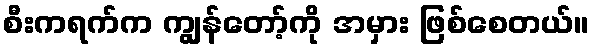
စီးကရက်က ကျွန်တော့်ကို အမှား ဖြစ်စေတယ်။